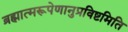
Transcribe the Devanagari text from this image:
ब्रह्मात्मरूपेणानुप्रविष्टमिति